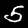
Digit: 5